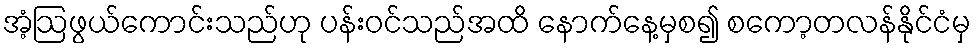
အံ့ဩဖွယ်ကောင်းသည်ဟု ပန်းဝင်သည်အထိ နောက်နေ့မှစ၍ စကော့တလန်နိုင်ငံမှ